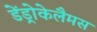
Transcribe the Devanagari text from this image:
डेंड्रोकेलैमस